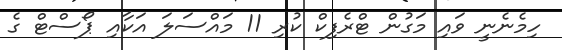
ހިމެނެނީ ވައި މަގުން ޓްރެފިކް ކުރި 11 މައްސަލަ އަކާއި ޕޯސްޓް ގެ